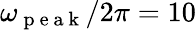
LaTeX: \omega_{\mathrm{~p~e~a~k~}}/2\pi=10